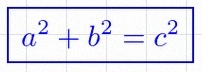
a^2+b^2=c^2